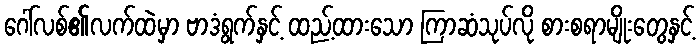
ဂေါ်လစ်၏လက်ထဲမှာ ဗာဒံရွက်နှင့် ထည့်ထားသော ကြာဆံသုပ်လို စားစရာမျိုးတွေနှင့်